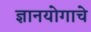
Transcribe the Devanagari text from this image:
ज्ञानयोगाचे